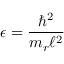
\epsilon = \frac { \hbar ^ { 2 } } { m _ { r } \ell ^ { 2 } }